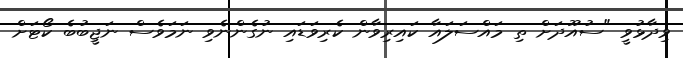
ވިދާޅުވީ "ސުއޫދަށް ތި މައްސަލައާ ކައިރިވާން ކެރިވަޑައި ނުގެންނެވި ނަމަވެސް ނަޖީބުބެ ކޯޓަށް